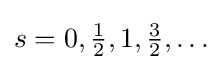
s=0,{\tfrac {1}{2}},1,{\tfrac {3}{2}},\ldots